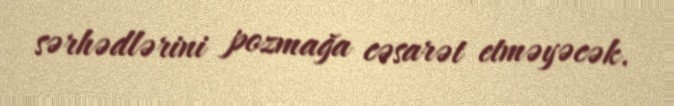
sərhədlərini pozmağa cəsarət etməyəcək.